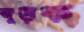
জুড়ক